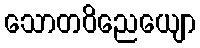
သောတဝိညေယျော